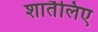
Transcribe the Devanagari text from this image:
शातैलिए